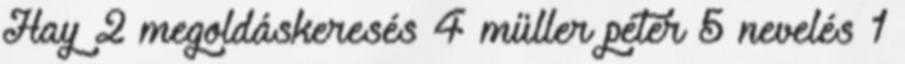
Hay 2 megoldáskeresés 4 müller péter 5 nevelés 1